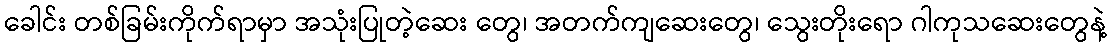
ခေါင်း တစ်ခြမ်းကိုက်ရာမှာ အသုံးပြုတဲ့ဆေး တွေ၊ အတက်ကျဆေးတွေ၊ သွေးတိုးရော ဂါကုသဆေးတွေနဲ့